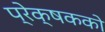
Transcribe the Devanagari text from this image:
प्रेक्षकको